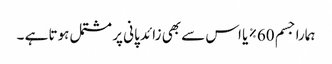
ہمارا جسم 60% یا اس سے بھی زائد پانی پر مشتمل ہوتا ہے ۔